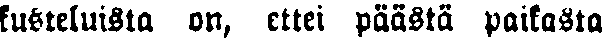
kusteluista on, ettei päästä paikasta